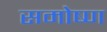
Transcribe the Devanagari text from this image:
समोष्ण